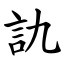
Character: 訅